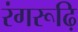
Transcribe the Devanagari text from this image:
रंगरूढ़ि